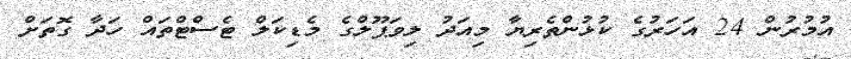
އުމުރުން 24 އަހަރުގެ ކުޅުންތެރިޔާ މިއަދު ލިވަޕޫލްގެ މެޑިކަލް ޓެސްޓްތައް ހަދާ ގޮތަށް